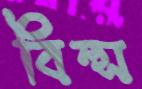
বিল্স